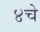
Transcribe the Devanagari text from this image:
४चे